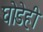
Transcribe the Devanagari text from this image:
घोडेही